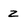
Character: Z